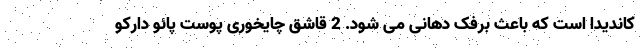
کاندیدا است که باعث برفک دهانی می شود. 2 قاشق چایخوری پوست پائو دارکو